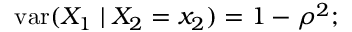
\operatorname { v a r } ( X _ { 1 } \mid X _ { 2 } = x _ { 2 } ) = 1 - \rho ^ { 2 } ;